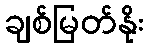
ချစ်မြတ်နိုး